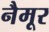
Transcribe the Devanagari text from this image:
नैमूर